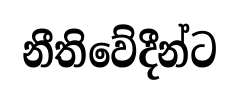
නීතිවේදීන්ට